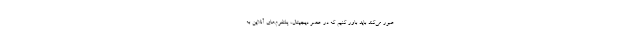
عبور می‌کند باید باور کنیم که در عصر دیجیتال، پلتفرم‌های آنلاین به